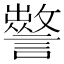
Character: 𧭁